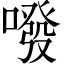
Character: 㗶